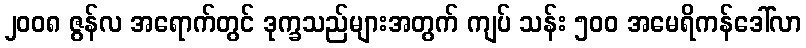
၂၀၀၈ ဇွန်လ အရောက်တွင် ဒုက္ခသည်များအတွက် ကျပ် သန်း ၅၀၀ အမေရိကန်ဒေါ်လာ